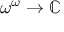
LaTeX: \omega ^ { \omega } \to \mathbb { C }